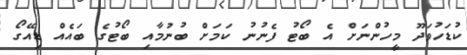
ކުޑަހުވަދޫ މީހުންނަށް އެ ބޯޓު ފެނުނު ކަމަށް ބުނުމާއި ބޯޓުގެ ބައެއް ޑިއޭގޯ